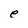
Character: e